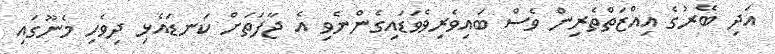
އަދި ބޭރުގެ އިއްޒަތްތެރިން ވެސް ބައިވެރިވެވަޑައިގެންނެވި އެ ޖާފަތަށް ކަނޑައެޅި ދިވެހި މެނޫގައި